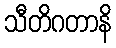
သီတိဂတာနိ